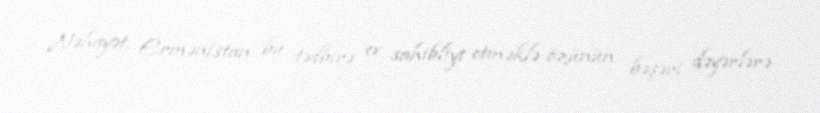
Nəhayət, Ermənistan bu tədbirə ev sahibliyi etməklə özünün bəşəri dəyərlərə